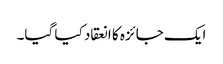
ایک جائزہ کا انعقاد کیا گیا۔